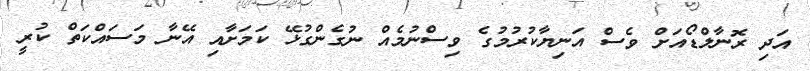
އަދި ރޮނާލްޑޯއަށް ވެސް އަނިޔާކުރުމުގެ ވިސްނުމެއް ނުގެންގުޅޭ ކަމަށާއި އޭނާ މަސައްކަތް ކުރީ